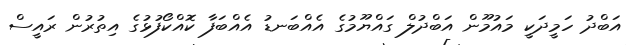
އަބްދު ހަމީދަކީ މައުމޫން އަބްދުލް ގައްޔޫމުގެ އެއްބަނޑު އެއްބަފާ ކޮއްކޯފުޅުގެ އިތުރުން ރައީސް